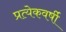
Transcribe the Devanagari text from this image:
प्रत्येकवर्षी